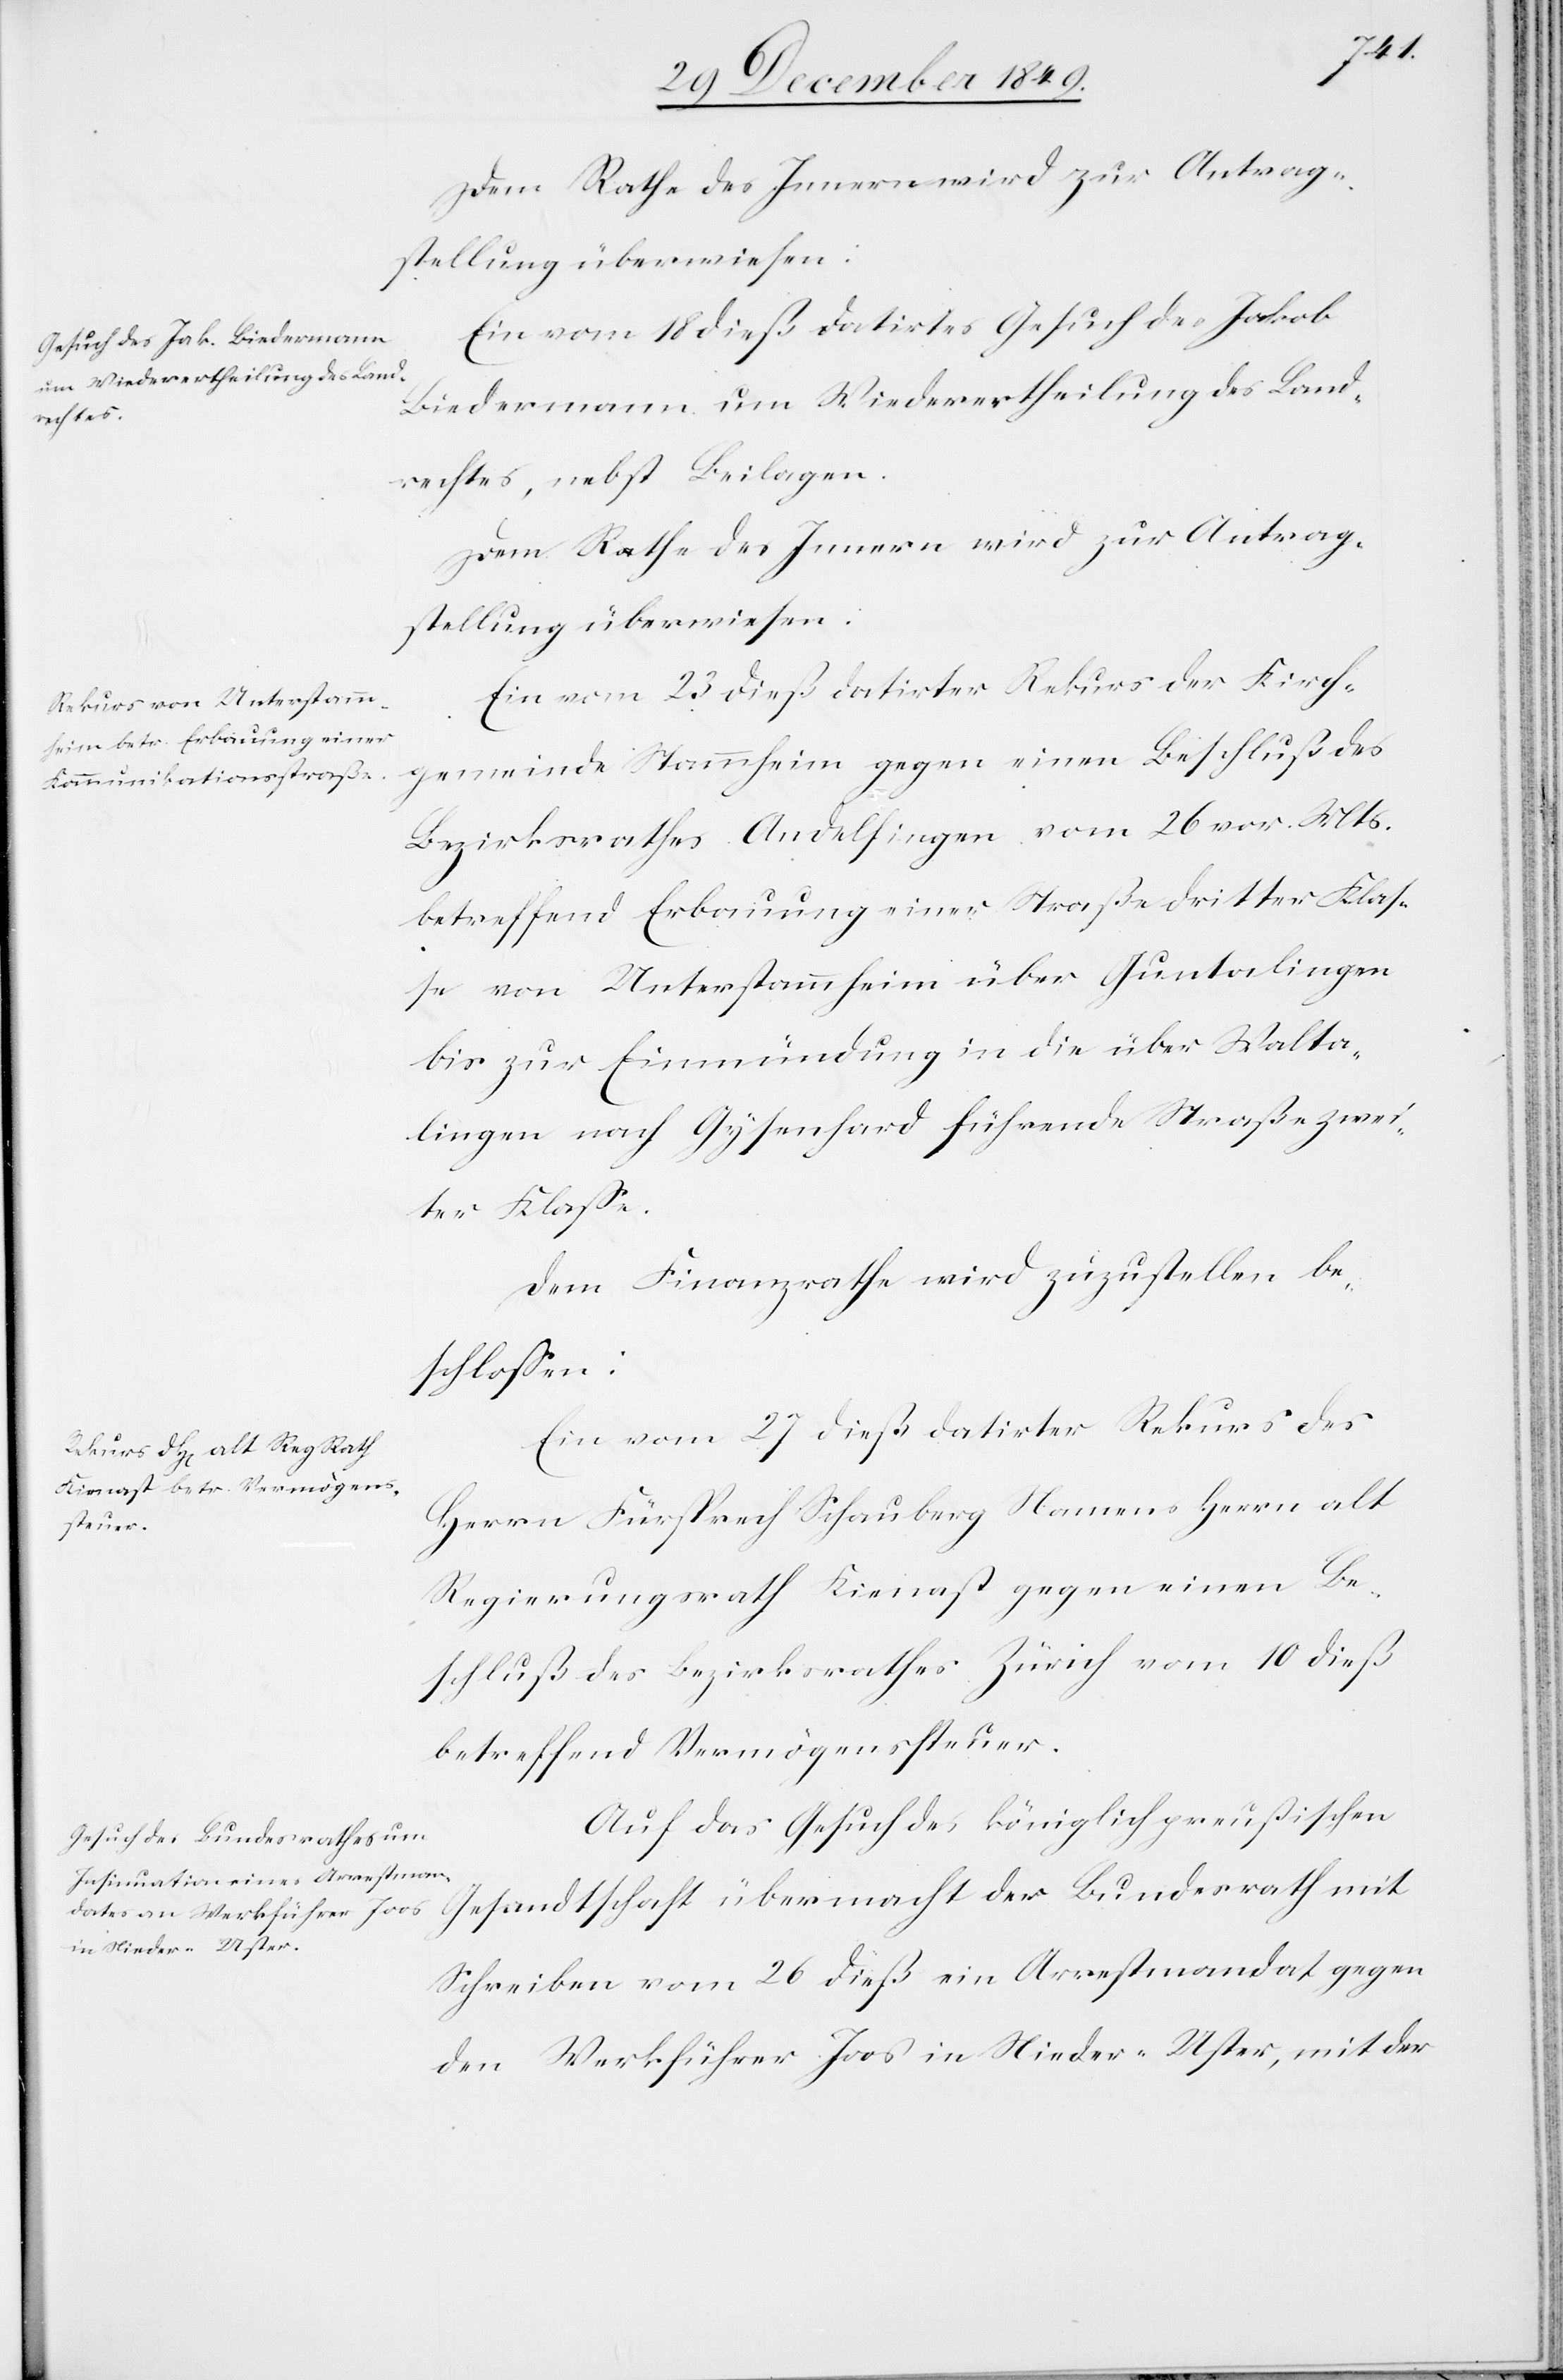
Dem Rathe des Innern wird zur Antrag¬
stellung überwiesen:
Ein vom 18 dieß datirtes Gesuch des Jakob
Biedermann um Wiederertheilung des Land¬
rechtes, nebst Beilagen.
Ein vom 23 dieß datirter Rekurs der Kirch¬
gemeinde Stammheim gegen einen Beschluß des
Bezirksrathes Andelfingen vom 26 v. Mts.
betreffend Erbauung einer Straße dritter Klaß¬
e von Unterstammheim über Guntalingen
bis zur Einmündung in die über Walta¬
lingen nach Gysenhard führende Straße zwei¬
ter Klaße.
Dem Finanzrathe wird zuzustellen be¬
schloßen:
Ein vom 27 dieß datirter Rekurs des
Herrn Fürsprech Schauberg Namens Herrn alt
Regierungsrath Kienast gegen einen Be¬
schluß des Bezirksrathes Zürich vom 10 dieß
betreffend Vermögenssteuer.
Auf das Gesuch der königlich preußischen
Schreiben vom 26 dieß ein Arrestmandat gegen
den Werkführer Joos in Nieder-Uster, mit der

mit